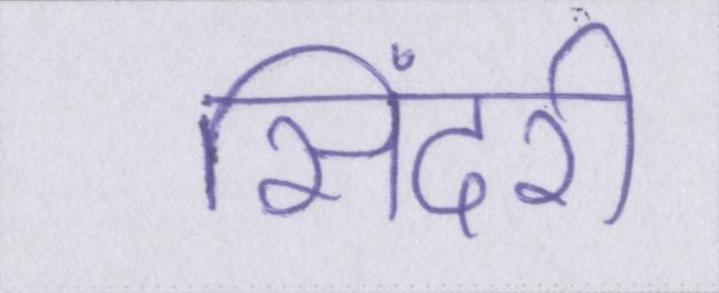
सिंदरी